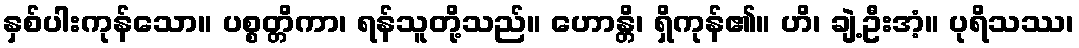
နှစ်ပါးကုန်သော။ ပစ္စတ္တိကာ၊ ရန်သူတို့သည်။ ဟောန္တိ၊ ရှိကုန်၏။ ဟိ၊ ချဲ့ဦးအံ့။ ပုရိသဿ၊